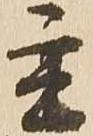
主